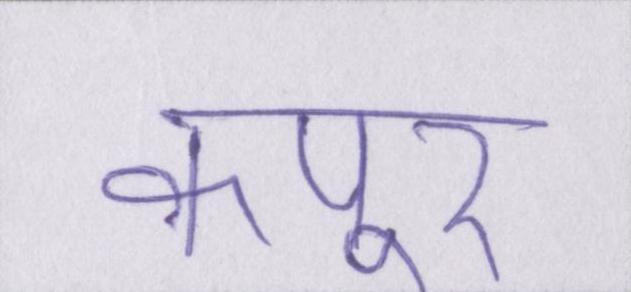
कपूर